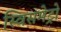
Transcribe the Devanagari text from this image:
स्विसमेट्रो